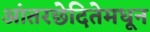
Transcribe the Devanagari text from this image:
आंतरछेदितेमधून